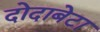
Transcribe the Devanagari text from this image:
दोदाबेटा